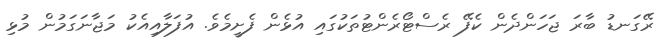
ރޭގަނޑު ބާރަ ޖަހަންދެން ކެފޭ ރެސްޓޯރެންޓުތަކުގައި އުޅެން ފެށީމެވެ. އުފަލާއިއެކު މަޖާނަގަމުން މުޅި